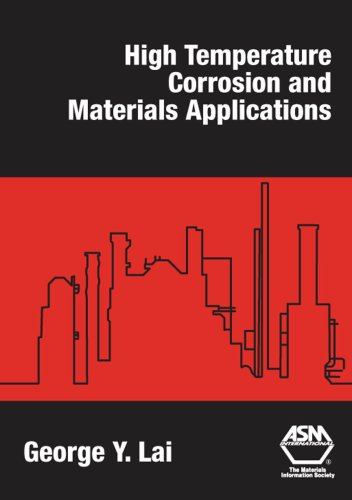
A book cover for High Temperature Corrosion and Materials Applications; George Y. Lai; Science & Math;